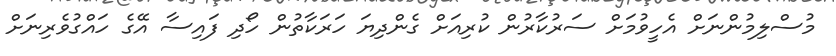
މުސްލިމުންނަށް އެހީވުމަށް ސަރުކާރުން ކުރިއަށް ގެންދިޔަ ހަރަކާތުން ހޯދި ފައިސާ އޭގެ ހައްގުވެރިނަށް